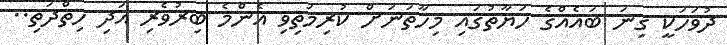
ދުވަހަކީ ގިނަ ބައެއްގެ ހަޔާތުގައި މިހާތަނަށް ކުރިމަތިވި އެންމެ ބިރުވެރި އަދި ހިތްދަތި..